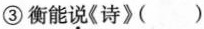
③衡能\underset{·}{说}《诗》()